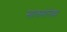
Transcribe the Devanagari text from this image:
सालमोनेल्ला